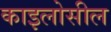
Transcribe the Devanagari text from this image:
काइलोसील